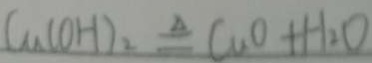
C u ( O H ) _ { 2 } \xlongequal { \Delta } C u O + H _ { 2 } O